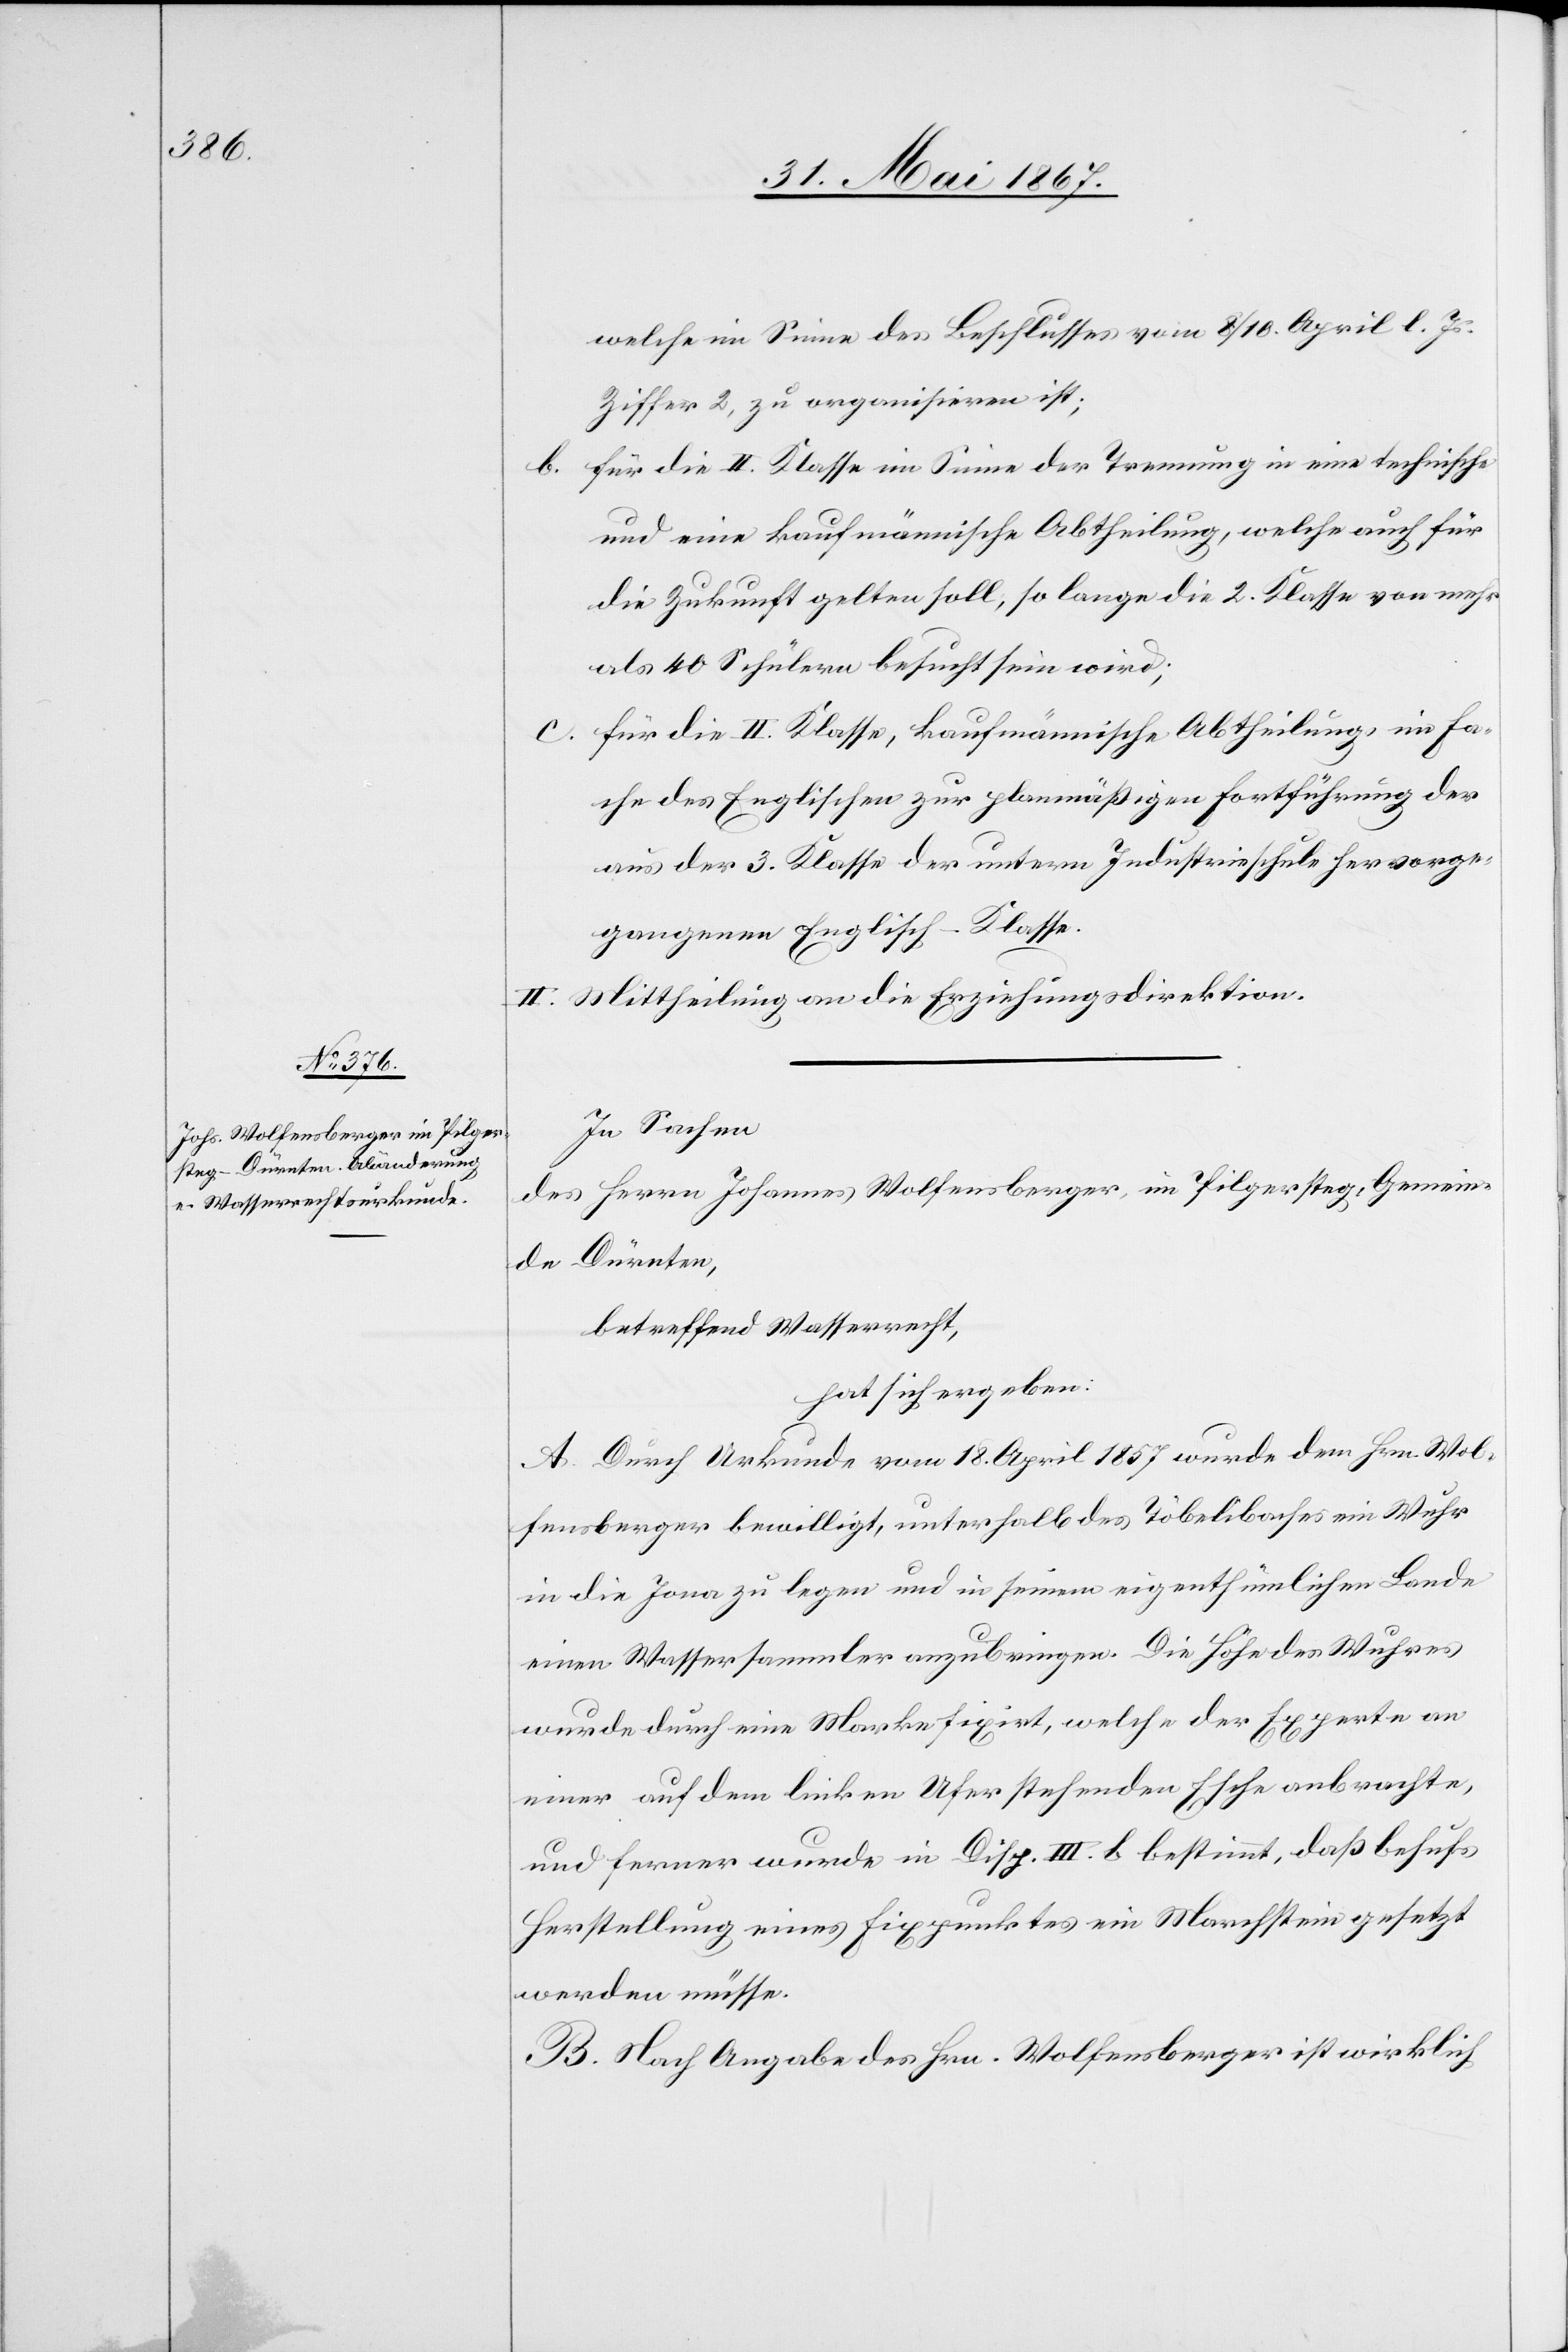
welche im Sinne des Beschlusses vom 8 / 10. April l. Js.
Ziffer 2, zu organisieren ist;
b.	für die II. Klasse im Sinne der Trennung in eine technische
und eine kaufmännische Abtheilung, welche auch für
die Zukunft gelten soll, so lange die 2. Klasse von mehr
als 40 Schülern besucht sein wird;
c.	für die II. Klasse, kaufmännische Abtheilung, im Fa¬
che des Englischen zu planmäßigen Fortführung der
aus der 3. Klasse der untern Industrieschule hervorge¬
gangenen Englisch-Klasse.
II. Mittheilung an die Erziehungsdirektion.
In Sachen
des Herrn Johannes Wolfensberger, in Pilgersteg, Gemein¬
de Dürnten,
betreffend Wasserrecht,
hat sich ergeben:
A. Durch Urkunde vom 18. April 1867 wurde dem Hrn. Wol¬
fensberger bewilligt, unterhalb des Töbelibaches ein Wuhr
in die Jona zu legen und in seinem eigenthümlichen Lande
einen Wassersammler anzubringen. Die Höhe des Wuhres
wurde durch eine Marke fixiert, welche der Experte an
einer auf dem linken Ufer stehenden Esche anbrachte,
und ferner wurde in Disp. III. b. bestimmt, daß behufs
Herstellung eines Fixpunktes ein Marchstein gesetzt
werden müsse.
B. Nach Angabe des Hrn. Wolfensberger ist wirklich